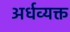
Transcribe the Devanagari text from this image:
अर्धव्यक्त